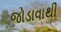
જોડાવાથી